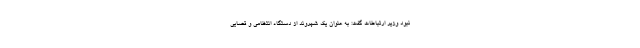
نبود وزیر ارتباطات گفت: به عنوان یک شهروند از دستگاه انتظامی و قضایی